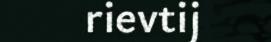
rievtij